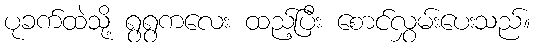
ပုခက်ထဲသို့ ရွရွကလေး ထည့်ပြီး စောင်လွှမ်းပေးသည်။